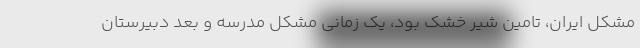
مشکل ایران، تامین شیر خشک بود، یک زمانی مشکل مدرسه و بعد دبیرستان